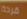
قردة